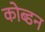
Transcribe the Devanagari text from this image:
कोब्डन